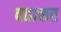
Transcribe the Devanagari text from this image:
वताकर